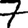
Digit: 7